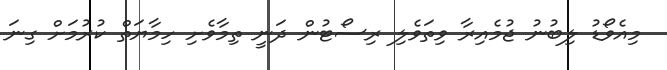
މިއެވޯޑު ލިބުނު ޖުމެއިރާ ވިތަވެލި ރިސޯޓުން ދަނީ ތިމާވެށި ހިމާޔަތް ކުރުމަށް ގިނަ